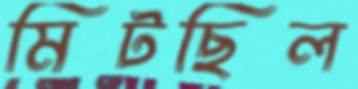
মিটছিল